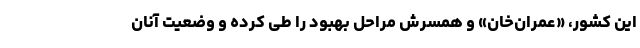
این کشور، «عمران‌خان» و همسرش مراحل بهبود را طی کرده و وضعیت آنان